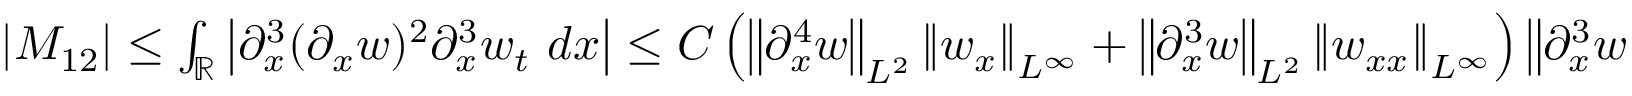
\begin{array} { r } { \left| M _ { 1 2 } \right| \leq \int _ { \mathbb R } \left| \partial _ { x } ^ { 3 } ( \partial _ { x } w ) ^ { 2 } \partial _ { x } ^ { 3 } w _ { t } \ d x \right| \leq C \left( \left\| \partial _ { x } ^ { 4 } w \right\| _ { L ^ { 2 } } \left\| w _ { x } \right\| _ { L ^ { \infty } } + \left\| \partial _ { x } ^ { 3 } w \right\| _ { L ^ { 2 } } \left\| w _ { x x } \right\| _ { L ^ { \infty } } \right) \left\| \partial _ { x } ^ { 3 } w _ { t } \right\| _ { L ^ { 2 } } . } \end{array}